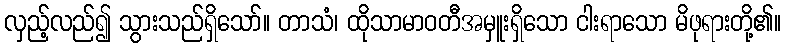
လှည့်လည်၍ သွားသည်ရှိသော်။ တာသံ၊ ထိုသာမာဝတီအမှူးရှိသော ငါးရာသော မိဖုရားတို့၏။